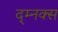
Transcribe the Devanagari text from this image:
द्म्नक्स